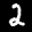
Label: 2